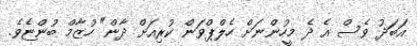
އަބަދު ވެސް އެ ދެ މީހުންނަށް ހެލްޕްވަން ކުރިއަށް ދާން" ހުޒާމް ބުންޏެވެ.